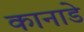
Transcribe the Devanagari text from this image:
कानाडे